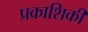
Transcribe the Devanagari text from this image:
प्रकाशिकी